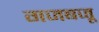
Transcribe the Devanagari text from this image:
गजबजू